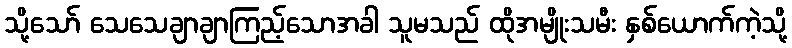
သို့သော် သေသေချာချာကြည့်သောအခါ သူမသည် ထိုအမျိုးသမီး နှစ်ယောက်ကဲ့သို့